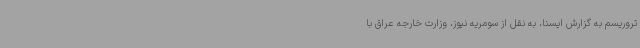
تروریسم به گزارش ایسنا، به نقل از سومریه نیوز، وزارت خارجه عراق با